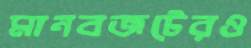
মানবজটেরও